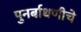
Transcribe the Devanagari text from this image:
पुनर्बाधणीचे